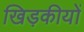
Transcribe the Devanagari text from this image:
खिड़कीयों